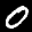
Label: 0